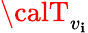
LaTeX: {\calT}_{v_{\mathbf{i}}}